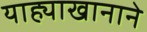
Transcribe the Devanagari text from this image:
याह्याखानाने